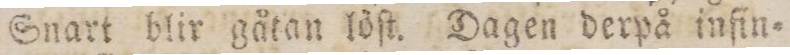
Snart blir gåtan löſt. Dagen derpå infin=